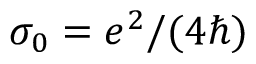
\sigma _ { 0 } = e ^ { 2 } / ( 4 \hbar )